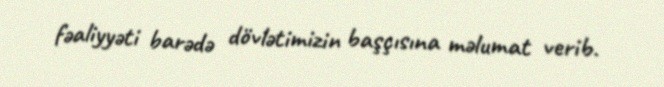
fəaliyyəti barədə dövlətimizin başçısına məlumat verib.